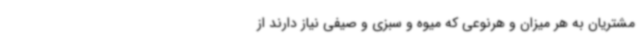
مشتریان به هر میزان و هرنوعی که میوه و سبزی و صیفی نیاز دارند از